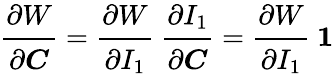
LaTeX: {\cfrac{\partial W}{\partial{\boldsymbol{C}}}}={\cfrac{\partial W}{\partial I_{1}}}~{\cfrac{\partial I_{1}}{\partial{\boldsymbol{C}}}}={\cfrac{\partial W}{\partial I_{1}}}~{\boldsymbol{\mathit{1}}}